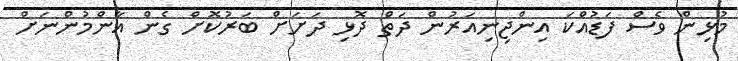
މުޅިން ވެސް ފަޑުއްކަ އިންޖިނިއަރުން ދަތް ދޮޅި ދަށަށް ބަރުކޮށް ގެން އާންމުންނަށް